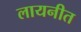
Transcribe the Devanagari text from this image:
लायनीत